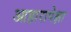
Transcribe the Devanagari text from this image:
आहारापेक्षा